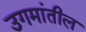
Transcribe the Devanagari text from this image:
उगमांतील